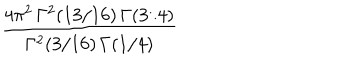
{ \frac { 4 \pi ^ { 2 } \, \Gamma ^ { 2 } ( 1 3 / 1 6 ) \, \Gamma ( 3 / 4 ) } { \Gamma ^ { 2 } ( 3 / 1 6 ) \, \Gamma ( 1 / 4 ) } }